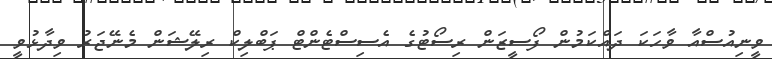
ވީނިއުސްއާ ވާހަކަ ދައްކަމުން ފޯސީޒަން ރިސޯޓުގެ އެސިސްޓެންޓް ޕަބްލިކް ރިލޭޝަން މެނޭޖަރު ވިދާޅުވީ